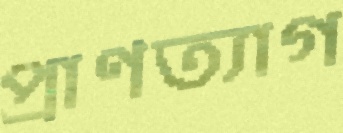
প্রাণত্যাগ